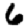
Digit: 6